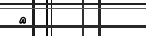
٥